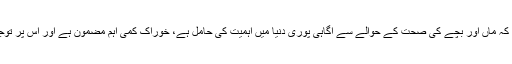
وزیر مملکت نے کہا کہ ماں اور بچے کی صحت کے حوالے سے آگاہی پوری دنیا میں اہمیت کی حامل ہے، خوراک کمی اہم مضمون ہے اور اس پر توجہ بہت ضروری ہے۔